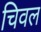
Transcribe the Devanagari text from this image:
चिवल